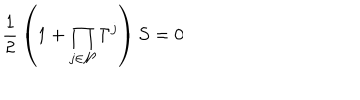
LaTeX: { \frac { 1 } { 2 } } \left( 1 + \prod _ { j \in { \cal N } } \Gamma ^ { j } \right) S = 0